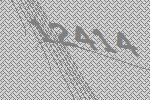
12414